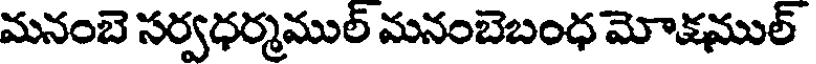
మనంబె సర్వధర్మముల్ మనంబెబంధ మోక్షముల్